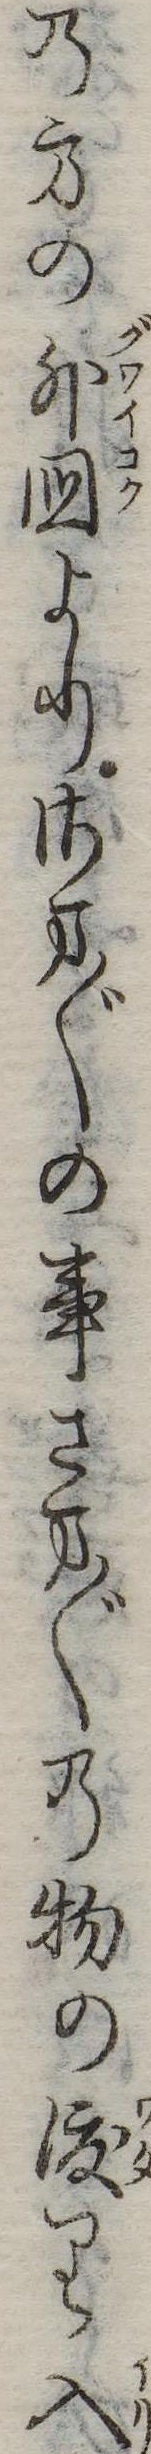
の方の外国よりさま〲の事さま〲の物の渡り入